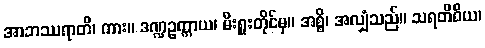
အာဘဿရာတိ၊ ကား။ ဒဏ္ဍဥက္ကာယ၊ မီးရှူးတိုင်မှ။ အစ္စိ၊ အလျှံသည်။ သရတိဝိယ၊